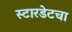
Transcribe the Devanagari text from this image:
स्टारडेटचा